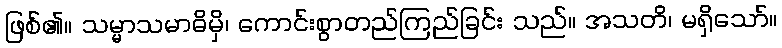
ဖြစ်၏။ သမ္မာသမာဓိမှိ၊ ကောင်းစွာတည်ကြည်ခြင်း သည်။ အသတိ၊ မရှိသော်။